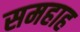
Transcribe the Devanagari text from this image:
समहाह